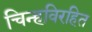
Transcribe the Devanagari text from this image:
चिन्हविरहित